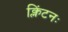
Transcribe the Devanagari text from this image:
क्लिंटनः